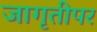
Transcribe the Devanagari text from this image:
जागृतीपर